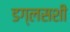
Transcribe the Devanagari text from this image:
डग्लसशी